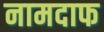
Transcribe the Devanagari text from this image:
नामदाफ